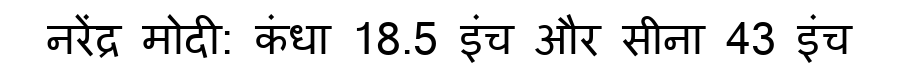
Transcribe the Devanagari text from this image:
नरेंद्र मोदी: कंधा 18.5 इंच और सीना 43 इंच